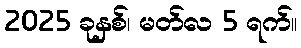
2025 ခုနှစ်၊ မတ်လ 5 ရက်။